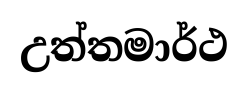
උත්තමාර්ථ